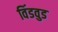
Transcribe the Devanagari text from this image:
विंडवुड